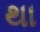
થા